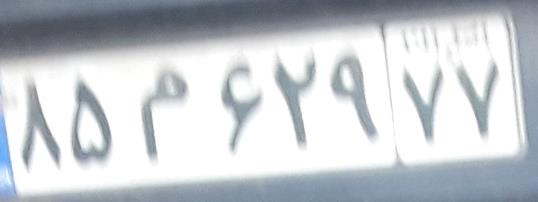
۸۵م۶۲۹۷۷